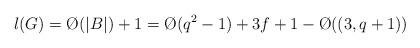
LaTeX: \begin{align*}l(G) = \O(|B|) + 1 = \O(q^2-1)+3f+1 - \O((3,q+1))\end{align*}